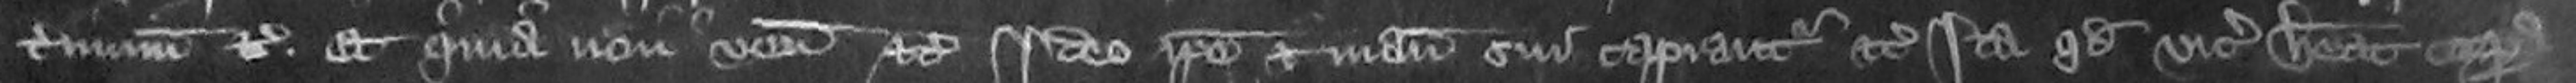
terminum etc et quia non venit etc Ideo ipse et manucaptoros sui capiantur etc Ita quod vicecomes habeat corpora